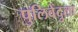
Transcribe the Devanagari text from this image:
पुलिवेंदुला